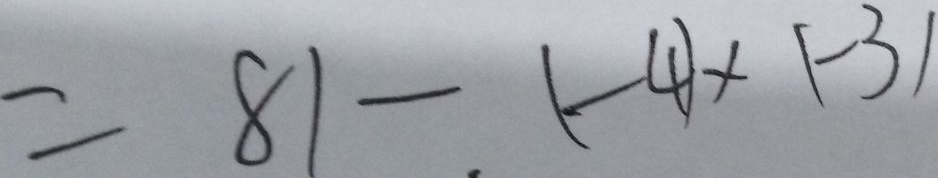
= 8 1 - ( - 4 ) \times ( - 3 )